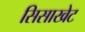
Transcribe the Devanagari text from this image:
सिसाखेट